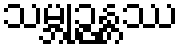
သမ္ဘုဉ္ဇန္တဿ